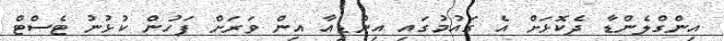
އިންގްލެންޑާ ދެކޮޅަށް އެ ގައުމުގައި އިންޑިއާ އިން ވަރަށް ފަހުން ކުޅުނު ޓެސްޓް